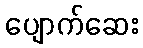
ပျောက်ဆေး